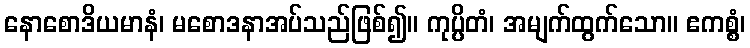
နောစောဒိယမာနံ၊ မစောဒနာအပ်သည်ဖြစ်၍။ ကုပ္ပိတံ၊ အမျက်ထွက်သော။ ဧကစ္စံ၊